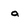
Character: a